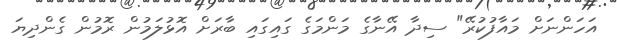
އަހަންނަށް މައާފުކުރޭ" ސިދާ އޭނާގެ މަންމަގެ ގައިގައި ބާރަށް އޮޅުލަމުން ރޮމުން ގެންދިޔަ